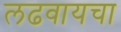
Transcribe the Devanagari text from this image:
लढवायचा